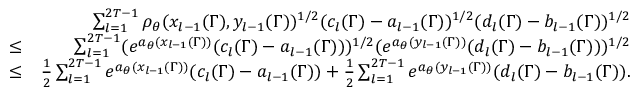
\begin{array} { r l r } & { } & { \sum _ { l = 1 } ^ { 2 T - 1 } \rho _ { \theta } ( x _ { l - 1 } ( \Gamma ) , y _ { l - 1 } ( \Gamma ) ) ^ { 1 \slash 2 } ( c _ { l } ( \Gamma ) - a _ { l - 1 } ( \Gamma ) ) ^ { 1 \slash 2 } ( d _ { l } ( \Gamma ) - b _ { l - 1 } ( \Gamma ) ) ^ { 1 \slash 2 } } \\ & { \leq } & { \sum _ { l = 1 } ^ { 2 T - 1 } ( e ^ { a _ { \theta } ( x _ { l - 1 } ( \Gamma ) ) } ( c _ { l } ( \Gamma ) - a _ { l - 1 } ( \Gamma ) ) ) ^ { 1 \slash 2 } ( e ^ { a _ { \theta } ( y _ { l - 1 } ( \Gamma ) ) } ( d _ { l } ( \Gamma ) - b _ { l - 1 } ( \Gamma ) ) ) ^ { 1 \slash 2 } } \\ & { \leq } & { \frac { 1 } { 2 } \sum _ { l = 1 } ^ { 2 T - 1 } e ^ { a _ { \theta } ( x _ { l - 1 } ( \Gamma ) ) } ( c _ { l } ( \Gamma ) - a _ { l - 1 } ( \Gamma ) ) + \frac { 1 } { 2 } \sum _ { l = 1 } ^ { 2 T - 1 } e ^ { a _ { \theta } ( y _ { l - 1 } ( \Gamma ) ) } ( d _ { l } ( \Gamma ) - b _ { l - 1 } ( \Gamma ) ) . } \\ & { } & \end{array}